Annual statistical returns and brief notes on vaccination in Bengal - 1909-1929
Year: 1909
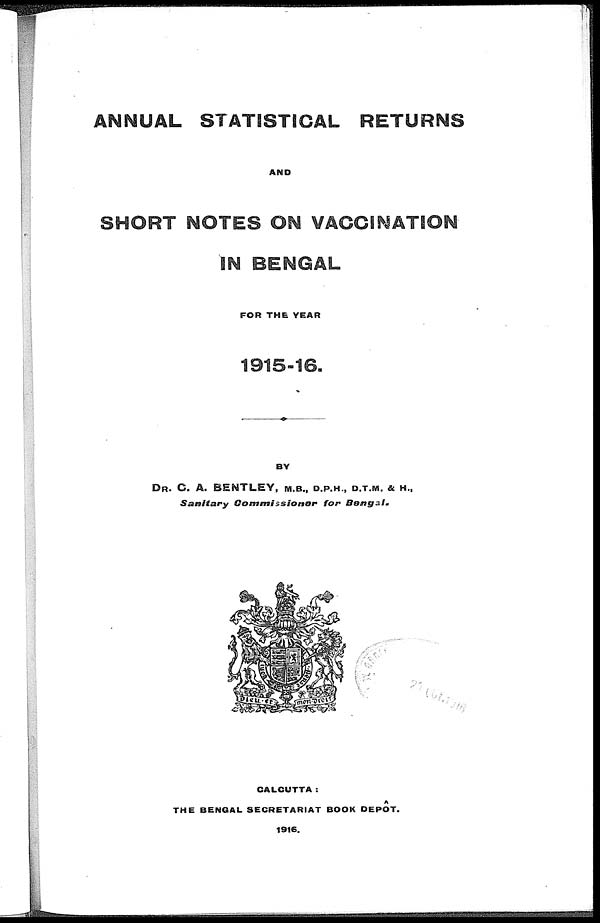
ANNUAL STATISTICAL RETURNS
AND
SHORT NOTES ON VACCINATION
IN BENGAL
FOR THE YEAR
1915-16.
BY
DR. C. A. BENTLEY, M.B., D.P.H., D.T.M. & H.,
Sanitary
Commissioner
for
Bengal.
CALCUTTA:
THE BENGAL SECRETARIAT BOOK DEPÔT.
1916.